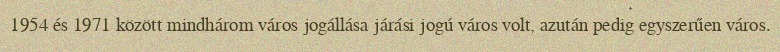
1954 és 1971 között mindhárom város jogállása járási jogú város volt, azután pedig egyszerűen város.